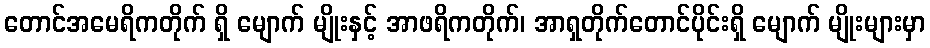
တောင်အမေရိကတိုက် ရှိ မျောက် မျိုးနှင့် အာဖရိကတိုက်၊ အာရှတိုက်တောင်ပိုင်းရှိ မျောက် မျိုးများမှာ